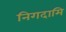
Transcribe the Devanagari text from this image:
निगदामि